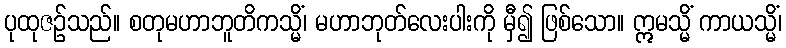
ပုထုဇဉ်သည်။ စတုမဟာဘူတိကသ္မိံ၊ မဟာဘုတ်လေးပါးကို မှီ၍ ဖြစ်သော။ ဣမသ္မိံ ကာယသ္မိံ၊